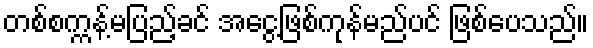
တစ်စက္ကန့်မပြည့်ခင် အငွေ့ဖြစ်ကုန်မည်ပင် ဖြစ်ပေသည်။